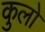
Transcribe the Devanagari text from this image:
कुलो